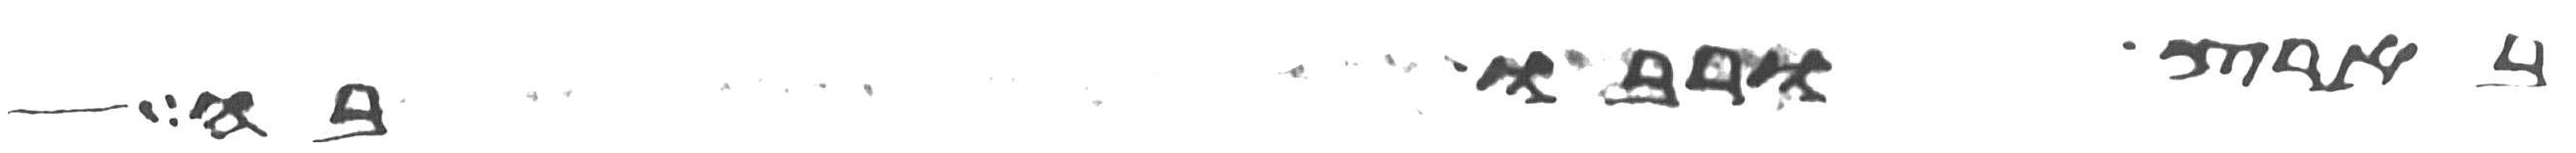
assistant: בארץ ורבו בה